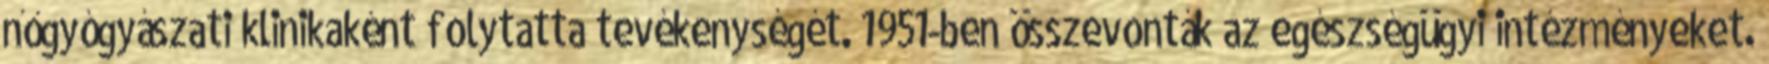
nőgyógyászati klinikaként folytatta tevékenységét. 1951-ben összevonták az egészségügyi intézményeket.